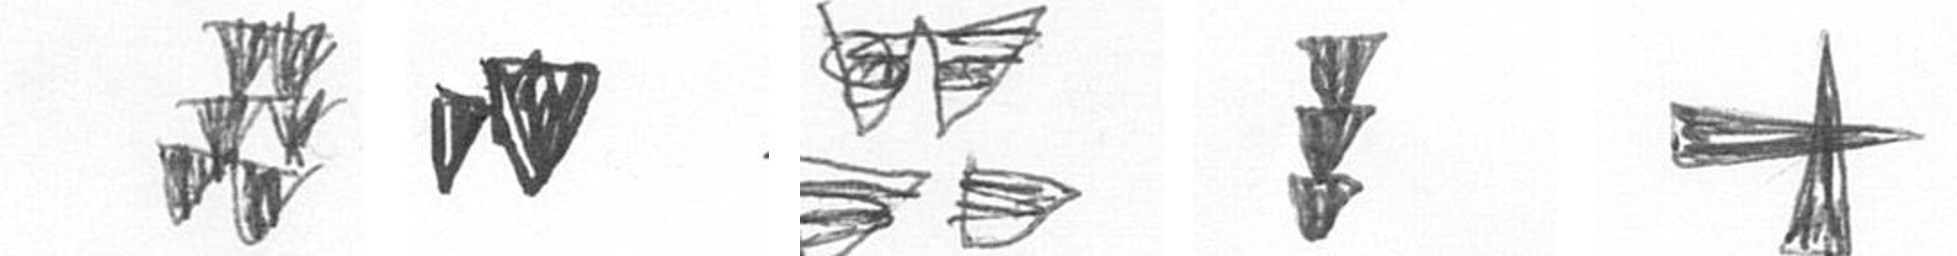
Y M B E G